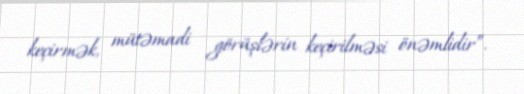
keçirmək, mütəmadi görüşlərin keçirilməsi önəmlidir”.